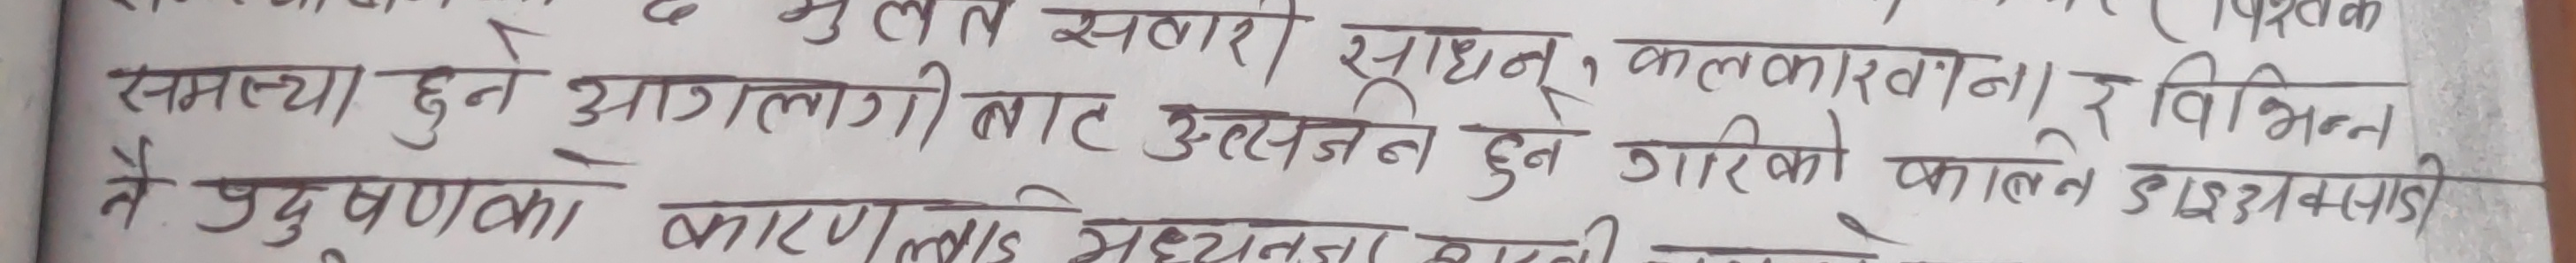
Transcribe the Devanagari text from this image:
समस्या हुने आगलागीबाट उत्सर्जन हुने गरेको कालिन विभिन्न
नै प्रदुषणका कारण लाई मध्यनजारा